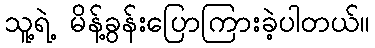
သူ့ရဲ့ မိန့်ခွန်းပြောကြားခဲ့ပါတယ်။